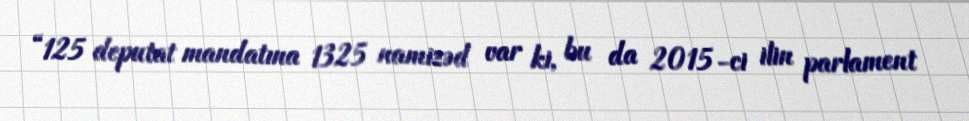
“125 deputat mandatına 1325 namizəd var ki, bu da 2015-ci ilin parlament